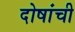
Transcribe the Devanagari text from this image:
दोषांची